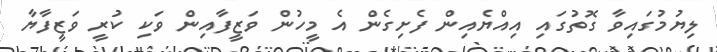
ލިޔުމުގައިވާ ގޮތުގައި އިއްޔެއިން ފެށިގެން އެ މީހުން ވަޒީފާއިން ވަކި ކުރީ ވަޒީފާޔާ